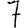
Digit: 7